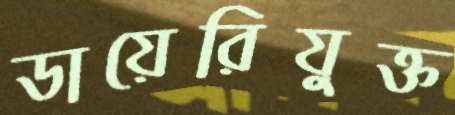
ডায়েরিযুক্ত